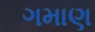
ગમાણ